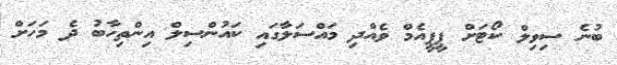
ބުނެ ސިވިލް ކޯޓަށް ޕީޕީއެމް ވެއްދި މައްސަލާގައި ކައުންސިލް އިންތިހާބު ދެ މަހަށް